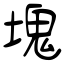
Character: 塊